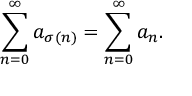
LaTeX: \sum _ { n = 0 } ^ { \infty } a _ { \sigma ( n ) } = \sum _ { n = 0 } ^ { \infty } a _ { n } .